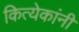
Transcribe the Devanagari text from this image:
कित्येकांनी